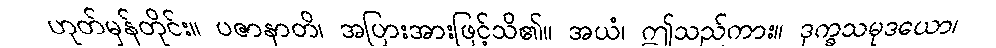
ဟုတ်မှန်တိုင်း။ ပဇာနာတိ၊ အပြားအားဖြင့်သိ၏။ အယံ၊ ဤသည်ကား။ ဒုက္ခသမုဒယော၊